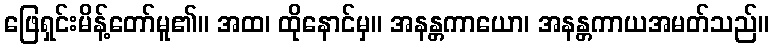
ဖြေရှင်းမိန့်တော်မူ၏။ အထ၊ ထိုနောင်မှ။ အနန္တကာယော၊ အနန္တကာယအမတ်သည်။